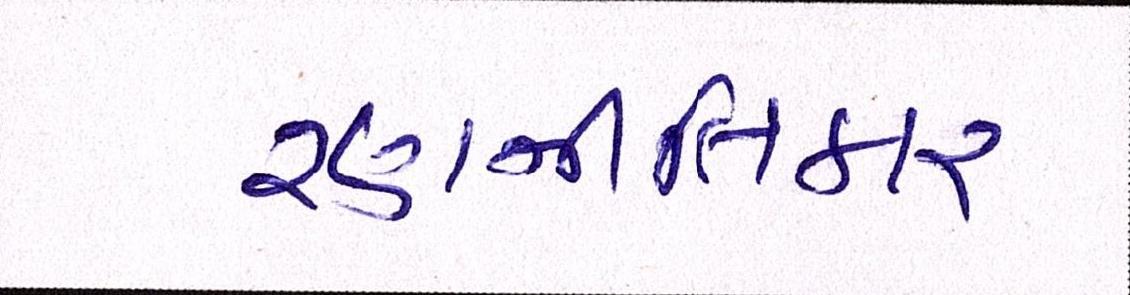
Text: રણનીતિકાર